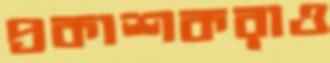
প্রকাশকরাও